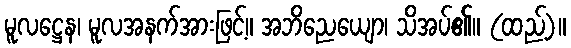
မူလဋ္ဌေန၊ မူလအနက်အားဖြင့်။ အဘိညေယျော၊ သိအပ်၏။ (ထည့်)။